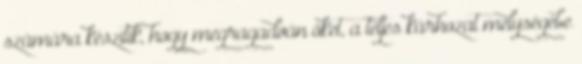
számára készítik, hogy megragadván őket, a teljes kárhozat mélységébe